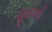
ઘૂઘવતી